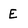
Character: E